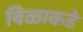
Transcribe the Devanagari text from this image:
बिळाकडे